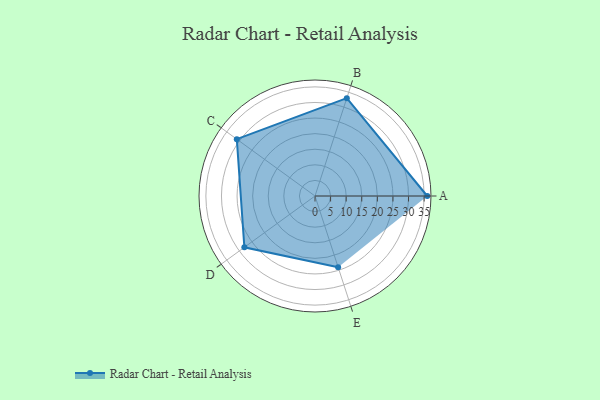
{"axis": {"x": "Skill", "y": "Score"}, "legend": ["Profile"], "data": [{"x": "A", "y": 36.0, "type": "Profile"}, {"x": "B", "y": 33.0, "type": "Profile"}, {"x": "C", "y": 31.0, "type": "Profile"}, {"x": "D", "y": 28.0, "type": "Profile"}, {"x": "E", "y": 24.0, "type": "Profile"}]}